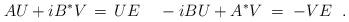
LaTeX: \begin{align*}A U + i B^* V \,=\, U E \;\;\;\; -i B U + A^* V \;=\;- V E \;\;.\end{align*}